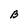
Character: B